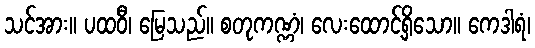
သင်အား။ ပထဝီ၊ မြေသည်။ စတုကဏ္ဏံ၊ လေးထောင့်ရှိသော။ ကေဒါရံ၊